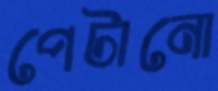
পেটানো